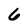
Character: 6